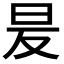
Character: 𭥒